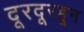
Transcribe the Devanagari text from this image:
दूरदूरहून